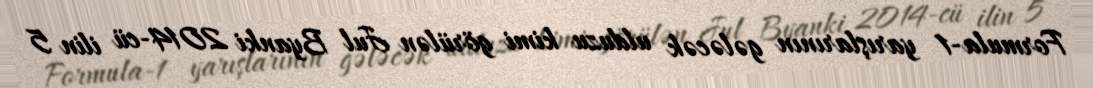
Formula-1 yarışlarının gələcək ulduzu kimi görülən Jul Byanki 2014-cü ilin 5